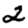
Digit: 2